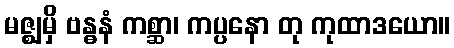
မဇ္ဈမှိ ဗန္ဓနံ ကစ္ဆာ၊ ကပ္ပနော တု ကုထာဒယော။